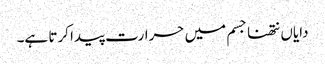
دایاں نتھنا جسم میں حرارت پیدا کرتا ہے۔